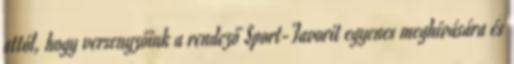
attól, hogy versenyzőink a rendező Sport-Favorit egyenes meghívására és